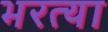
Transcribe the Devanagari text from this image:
भरत्या